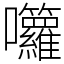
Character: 囖